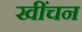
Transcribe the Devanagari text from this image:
खींचन